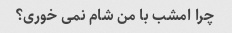
چرا امشب با من شام نمی خوری؟